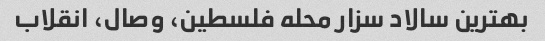
بهترین سالاد سزار محله فلسطین، وصال، انقلاب